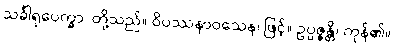
သင်္ခါရုပေက္ခာ၊ တို့သည်။ ဝိပဿနာဝသေန၊ ဖြင့်။ ဥပ္ပဇ္ဇန္တိ၊ ကုန်၏။